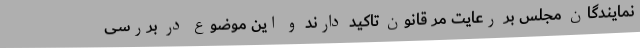
نمایندگان مجلس بر رعایت مر قانون تاکید دارند و این موضوع در بررسی